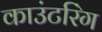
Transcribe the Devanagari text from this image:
काउंटरिंग